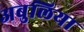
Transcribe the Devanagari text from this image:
अबुलिया